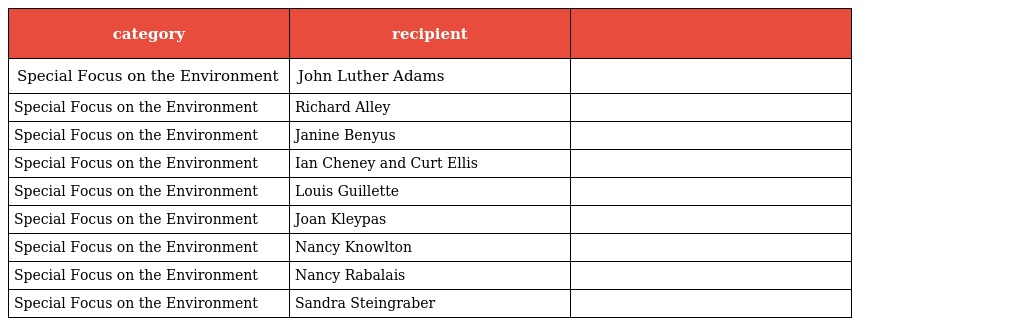
| category | recipient |  |
 | --- | --- | --- |
 | Special Focus on the Environment | John Luther Adams |  |
 | Special Focus on the Environment | Richard Alley |  |
 | Special Focus on the Environment | Janine Benyus |  |
 | Special Focus on the Environment | Ian Cheney and Curt Ellis |  |
 | Special Focus on the Environment | Louis Guillette |  |
 | Special Focus on the Environment | Joan Kleypas |  |
 | Special Focus on the Environment | Nancy Knowlton |  |
 | Special Focus on the Environment | Nancy Rabalais |  |
 | Special Focus on the Environment | Sandra Steingraber |  |